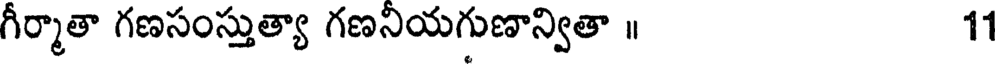
గీర్మాతా గణసంస్తుత్యా గణనియగుణాన్వితా ॥ 11